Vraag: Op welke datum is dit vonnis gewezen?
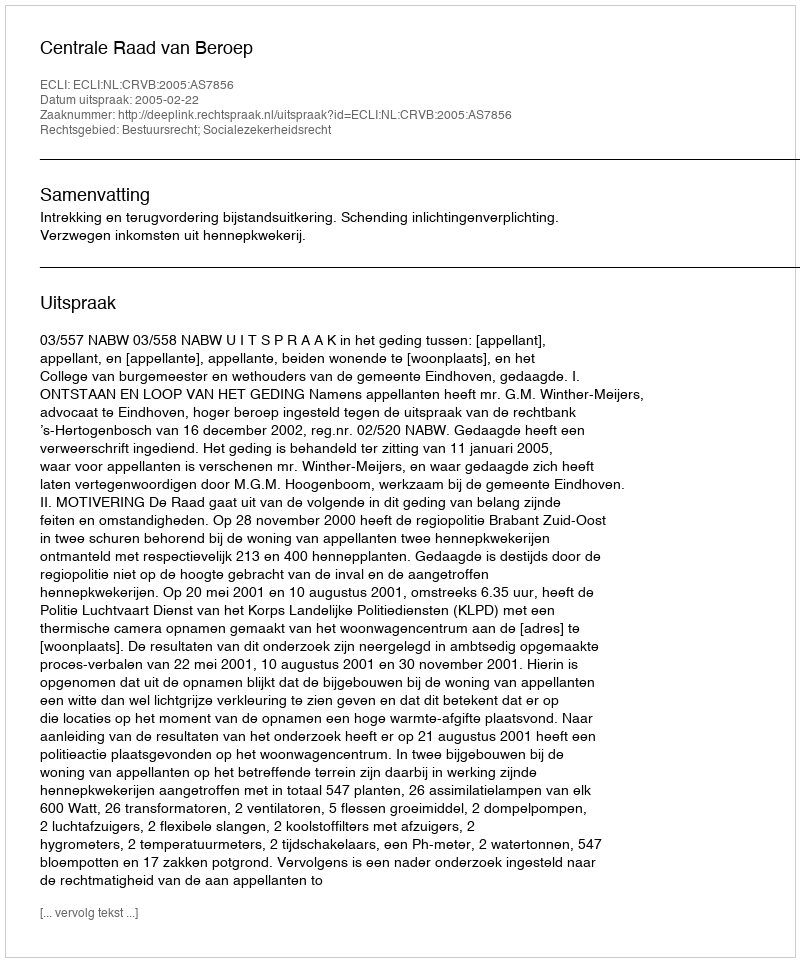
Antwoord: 2005-02-22